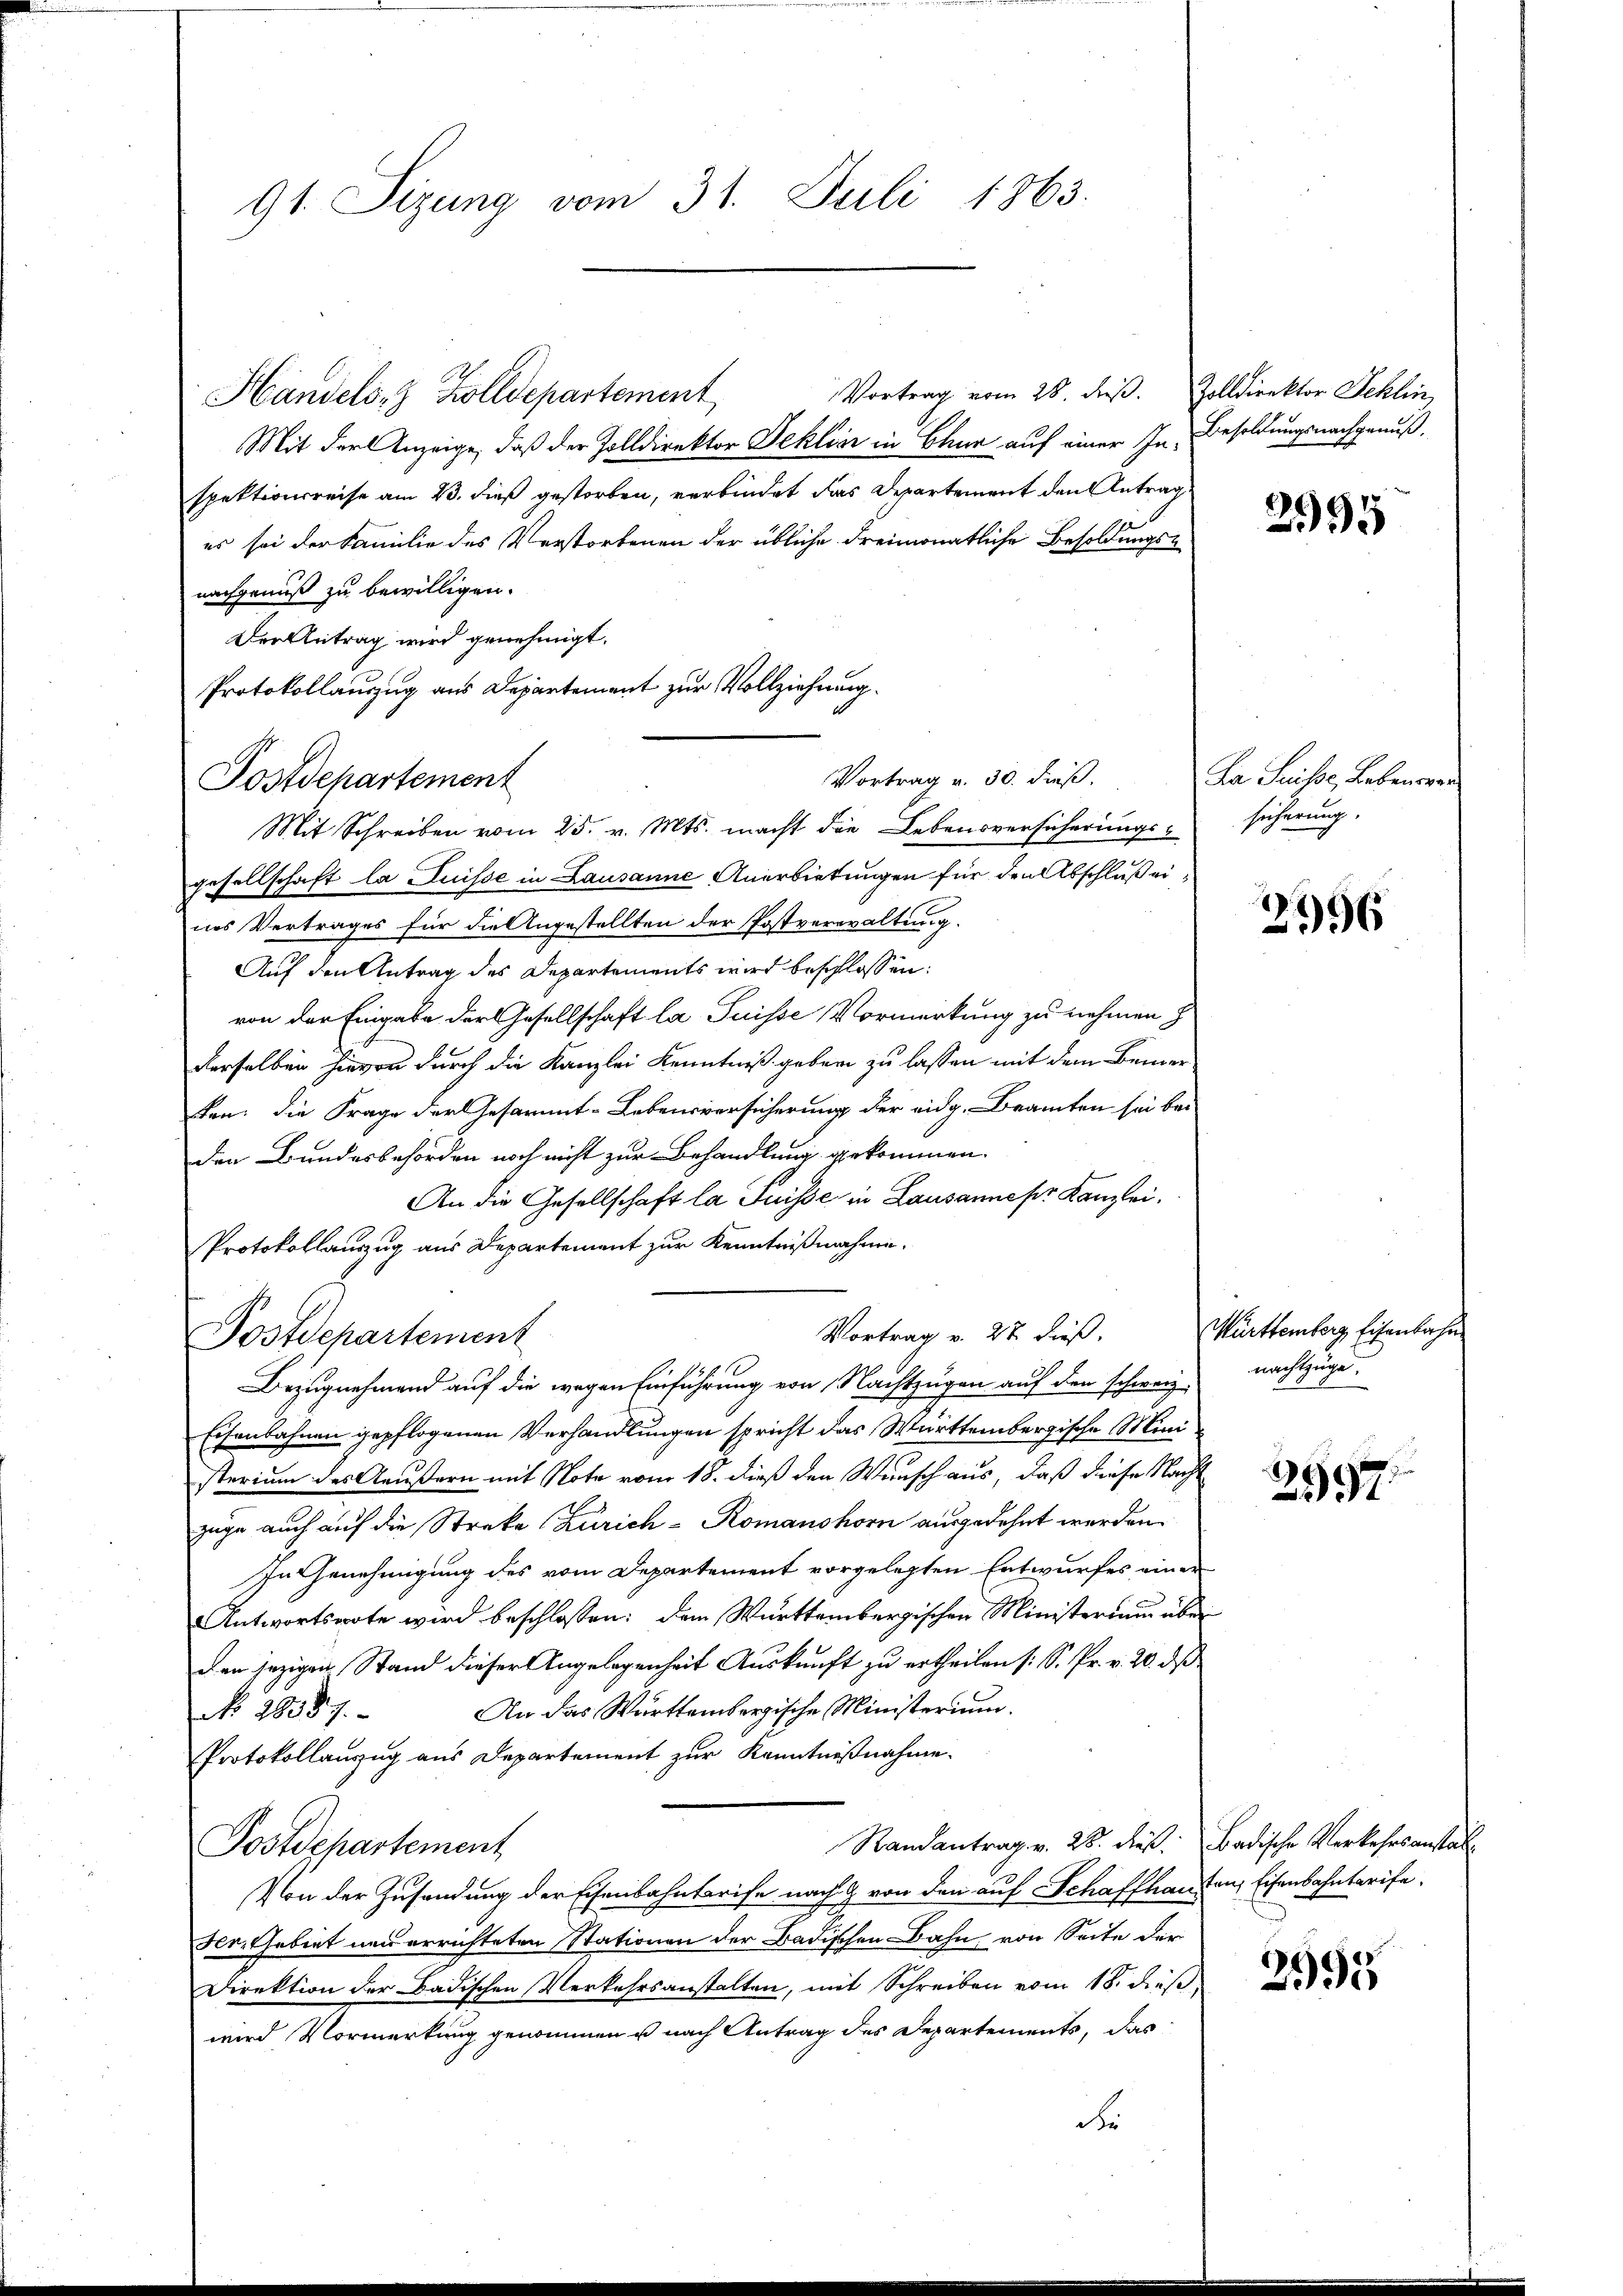
91. Sizung vom 31. Juli 1863.

Vortrag vom 28. dieß. Zolldirektor Schlin,
Handels- & Zolldepartement
Mit der Anzeige, daß der Zolldirektor Seklin in Chur auf einer In Besoldungsnachgenuß.
spektionsreise am 23. dieß gestorben, verbindet das Departement den Antrag
es sei der Familie des Verstorbenen der übliche Freimonatliche Besoldungs-
nachgenuß zu bewilligen.
Der Antrag wird genehmigt.
Mit Schreiben vom 25. v. Mts. macht die Lebensversicherungsgesellschaft la Suisse in Lausanne Anerbietungen für den Abschluß eines Vertrages für die Angestellten der Postverwaltung.
Auf den Antrag des Departements wird beschlossen:
von der Eingabe der Gesellschaft la Puisse Vormerkung zu nehmen h
derselben hievon durch die Kanzlei Kenntniß geben zu lassen mit dem Bemerken; die Frage der Gesammt-Lebensversicherung der eidg. Beamten sei bei
den Bundesbehörden noch nicht zur Behandlung gekommen.
An die Gesellschaft la Puisse in Lausannesr Kanzlei.
Protokollauszug aus Departement zur Kenntnißnahme.
Vortrag v. 27 dieß.
Postdepartement
Bezugnehmend auf die wegen Einführung von Nachtzugen auf den schweiz.
Eisenbahnen gepflogenen Verhandlungen spricht das Württembergische Mini
sterium des Aeußern mit Note vom 18. dieß den Wunsch aus, daß diese Nachzüge auch auf die Streke (Zürich - Romanshorn ausgedehnt werden.
In Genehmigung des vom Departement vorgelegten Entwurfes einer
Antwortsnote wird beschlossen: dem Württembergischen Ministerium über
den jezigen Stand dieser Angelegenheit Auskunft zu ertheilen (: S. Pr. v. 20. ds
An das Württembergische Ministerium.
No 28387.
Protokollanzug aus Departement zur Kenntnißnahme.
Randantrag v. 28. dieß. Badische Verkehrsanstal¬
Postdepartement
Von der Zusendung der Eisenbahntarife nach & von den auf Schaffhau
der. Gebiet neu errichteten Stationen der Badischen Bahn von Seite der
Direktion der Badischen Verkehrsanstalten, mit Schreiben vom 18. dieß,
wird Vormerkung genommen u nach Antrag des Departements, das
Fr

Protokollauszug aus Departement zur Vollziehung.
Vortrag v. 30. dieß,
Postdepartement

2995

Da Suisse, Lebenswan
sicherung.

2996

Württemberg, Eisenbahn
nachtzüge.

2997.

ten, Eisenbahntarife.

2995